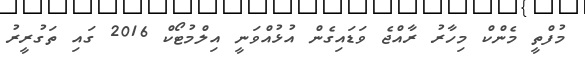
މުފްތީ މެންކް މިހާރު ރާއްޖެ ވަޑައިގެން އުޅުއްވަނީ އިލްމުޓޯކް 2016 ގައި ތަގުރީރު